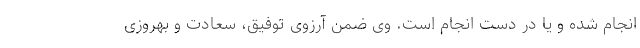
انجام شده و یا در دست انجام است. وی ضمن آرزوی توفیق، سعادت و بهروزی